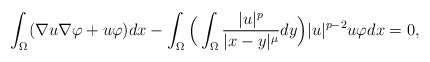
\begin{align*} \int_{\Omega}( \nabla u \nabla \varphi + u \varphi )dx - \int_{\Omega} \Big(\int_{\Omega} \frac{ |u|^p}{|x-y|^{\mu}}dy\Big)|u|^{p-2}u \varphi dx = 0, \end{align*}